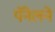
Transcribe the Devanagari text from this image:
पॅनेलने